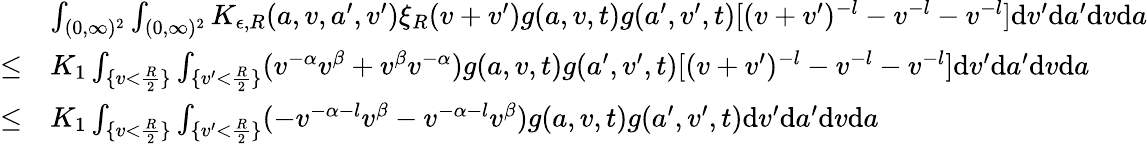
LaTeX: \begin{array}{rl}&{\int_{(0,\infty)^{2}}\int_{(0,\infty)^{2}}K_{\epsilon,R}(a,v,a^{\prime},v^{\prime})\xi_{R}(v+v^{\prime})g(a,v,t)g(a^{\prime},v^{\prime},t)[(v+v^{\prime})^{-l}-v^{-l}-v^{-l}]\textup{d}v^{\prime}\textup{d}a^{\prime}\textup{d}v\textup{d}a}\\ {\leq}&{K_{1}\int_{\{ v<\frac{R}{2}\} }\int_{\{ v^{\prime}<\frac{R}{2}\} }(v^{-\alpha}v^{\beta}+v^{\beta}v^{-\alpha})g(a,v,t)g(a^{\prime},v^{\prime},t)[(v+v^{\prime})^{-l}-v^{-l}-v^{-l}]\textup{d}v^{\prime}\textup{d}a^{\prime}\textup{d}v\textup{d}a}\\ {\leq}&{K_{1}\int_{\{ v<\frac{R}{2}\} }\int_{\{ v^{\prime}<\frac{R}{2}\} }(-v^{-\alpha-l}v^{\beta}-v^{-\alpha-l}v^{\beta})g(a,v,t)g(a^{\prime},v^{\prime},t)\textup{d}v^{\prime}\textup{d}a^{\prime}\textup{d}v\textup{d}a}\end{array}